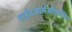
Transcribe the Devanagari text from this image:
राईटआर्मऑफ़स्पिन